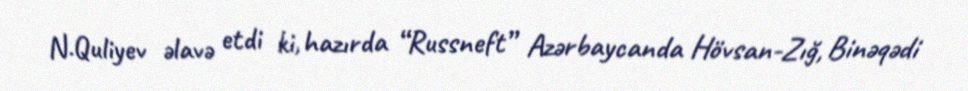
N.Quliyev əlavə etdi ki, hazırda “Russneft” Azərbaycanda Hövsan-Zığ, Binəqədi